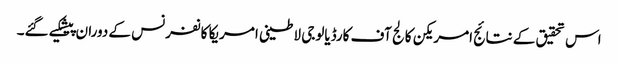
اس تحقیق کے نتائج امریکن کالج آف کارڈیالوجی لاطینی امریکا کانفرنس کے دوران پیشکیے گئے۔